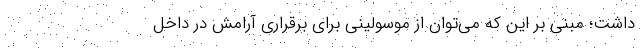
داشت؛ مبنی بر این که می‌توان از موسولینی برای برقراری آرامش در داخل